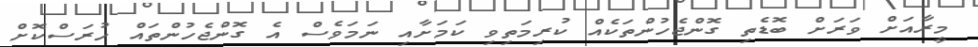
މީރާއަށް ވަރަށް ބޮޑެތި ގޮންޖެހުންތަކެއް ކުރިމަތިވި ކަމަށާއި ނަމަވެސް އެ ގޮންޖެހުންތައް ހުރަސްކޮށް